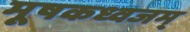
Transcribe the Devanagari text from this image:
मूषकध्वजम्